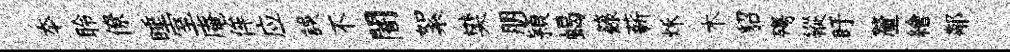
夲聆僚睡室庵侔应誤不闇絮樊朋頴蝎籙薪秌木貂殤縱盱釐繪鄰